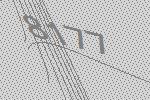
8177